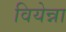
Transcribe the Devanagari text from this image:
वियेन्ना